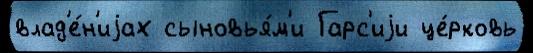
влад'е́н'иjах сыновья́м'и Гарс'иjи це́рковь